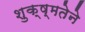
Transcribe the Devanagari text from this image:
शुक्ष्मतेने